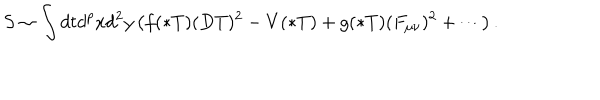
S \sim \int d t d ^ { p } x d ^ { 2 } y \left( f ( * T ) ( D T ) ^ { 2 } - V ( * T ) + g ( * T ) ( F _ { \mu \nu } ) ^ { 2 } + \cdots \right) .